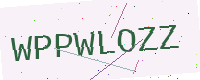
Text: WPPWLOZZ